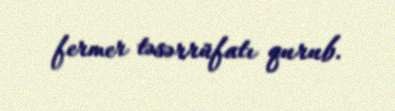
fermer təsərrüfatı qurub.